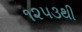
૧૨૫૩થી